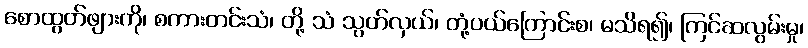
စောထွတ်ဖျားကို၊ စကားတင်းသံ၊ တို့ သံ သွတ်လှယ်၊ တုံ့ပယ်ကြောင်းစ၊ မသိရ၍၊ ကြင်ဆလွမ်းမှု၊